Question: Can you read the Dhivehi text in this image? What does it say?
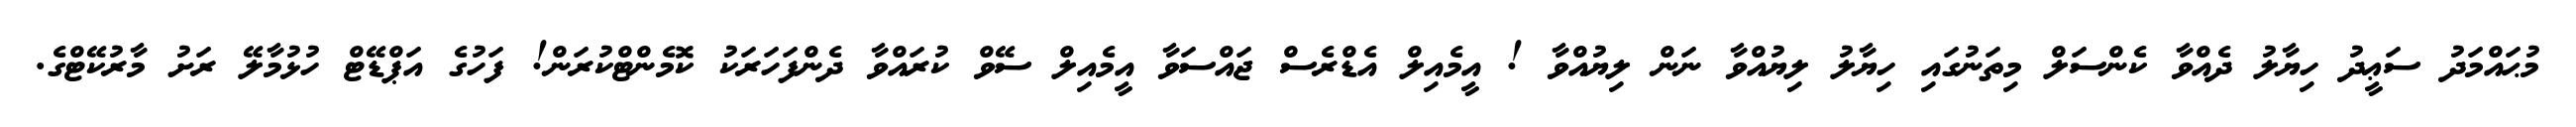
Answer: މުޙައްމަދު ސަޢީދު ހިޔާލު ދެއްވާ ކެންސަލް މިތަނުގައި ހިޔާލު ލިޔުއްވާ ނަން ލިޔުއްވާ ! އީމެއިލް އެޑްރެސް ޖައްސަވާ އީމެއިލް ސޭވް ކުރައްވާ ދެންފަހަރަކު ކޮމެންޓްކުރަން! ފަހުގެ އަޕްޑޭޓް ހުޅުމާލޭ ރަށު މާރުކޭޓްގެ.